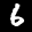
Label: 6